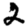
Digit: 2